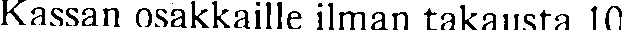
Kassan osakkaille ilman takausta 10